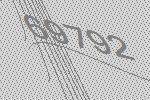
69792